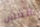
الغش